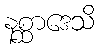
နစ္ဆာဒေသိ